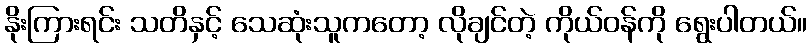
နိုးကြားရင်း သတိနှင့် သေဆုံးသူကတော့ လိုချင်တဲ့ ကိုယ်ဝန်ကို ရွေးပါတယ်။